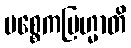
ပစ္စေကဗြဟ္မာတိ